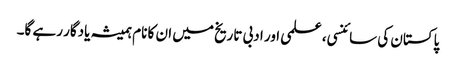
پاکستان کی سائنسی، علمی اور ادبی تاریخ میں ان کا نام ہمیشہ یادگار رہے گا۔